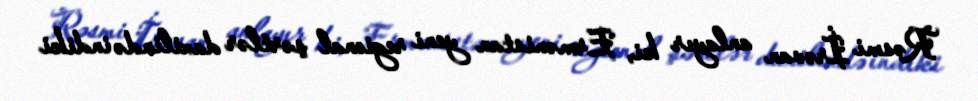
Rəsmi İrəvan anlayır ki, Ermənistan yeni regional şərtlər daxilində indiki